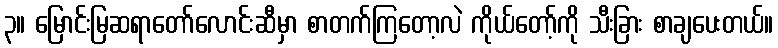
၃။ မြောင်းမြဆရာတော်လောင်းဆီမှာ စာတက်ကြတော့လဲ ကိုယ်တော့်ကို သီးခြား စာချပေးတယ်။